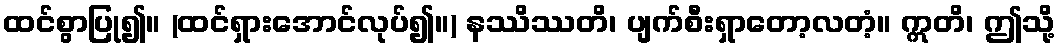
ထင်စွာပြု၍။ (ထင်ရှားအောင်လုပ်၍။) နဿိဿတိ၊ ပျက်စီးရှာတော့လတံ့။ ဣတိ၊ ဤသို့